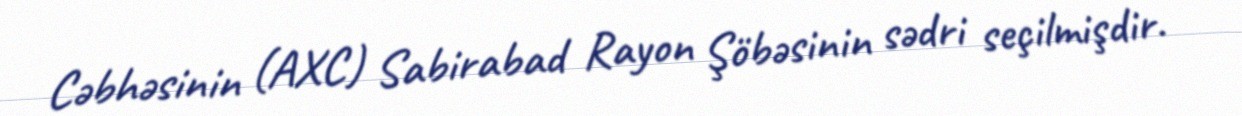
Cəbhəsinin (AXC) Sabirabad Rayon Şöbəsinin sədri seçilmişdir.